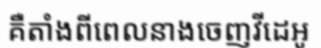
គឺតាំងពីពេលនាងចេញវីដេអូ